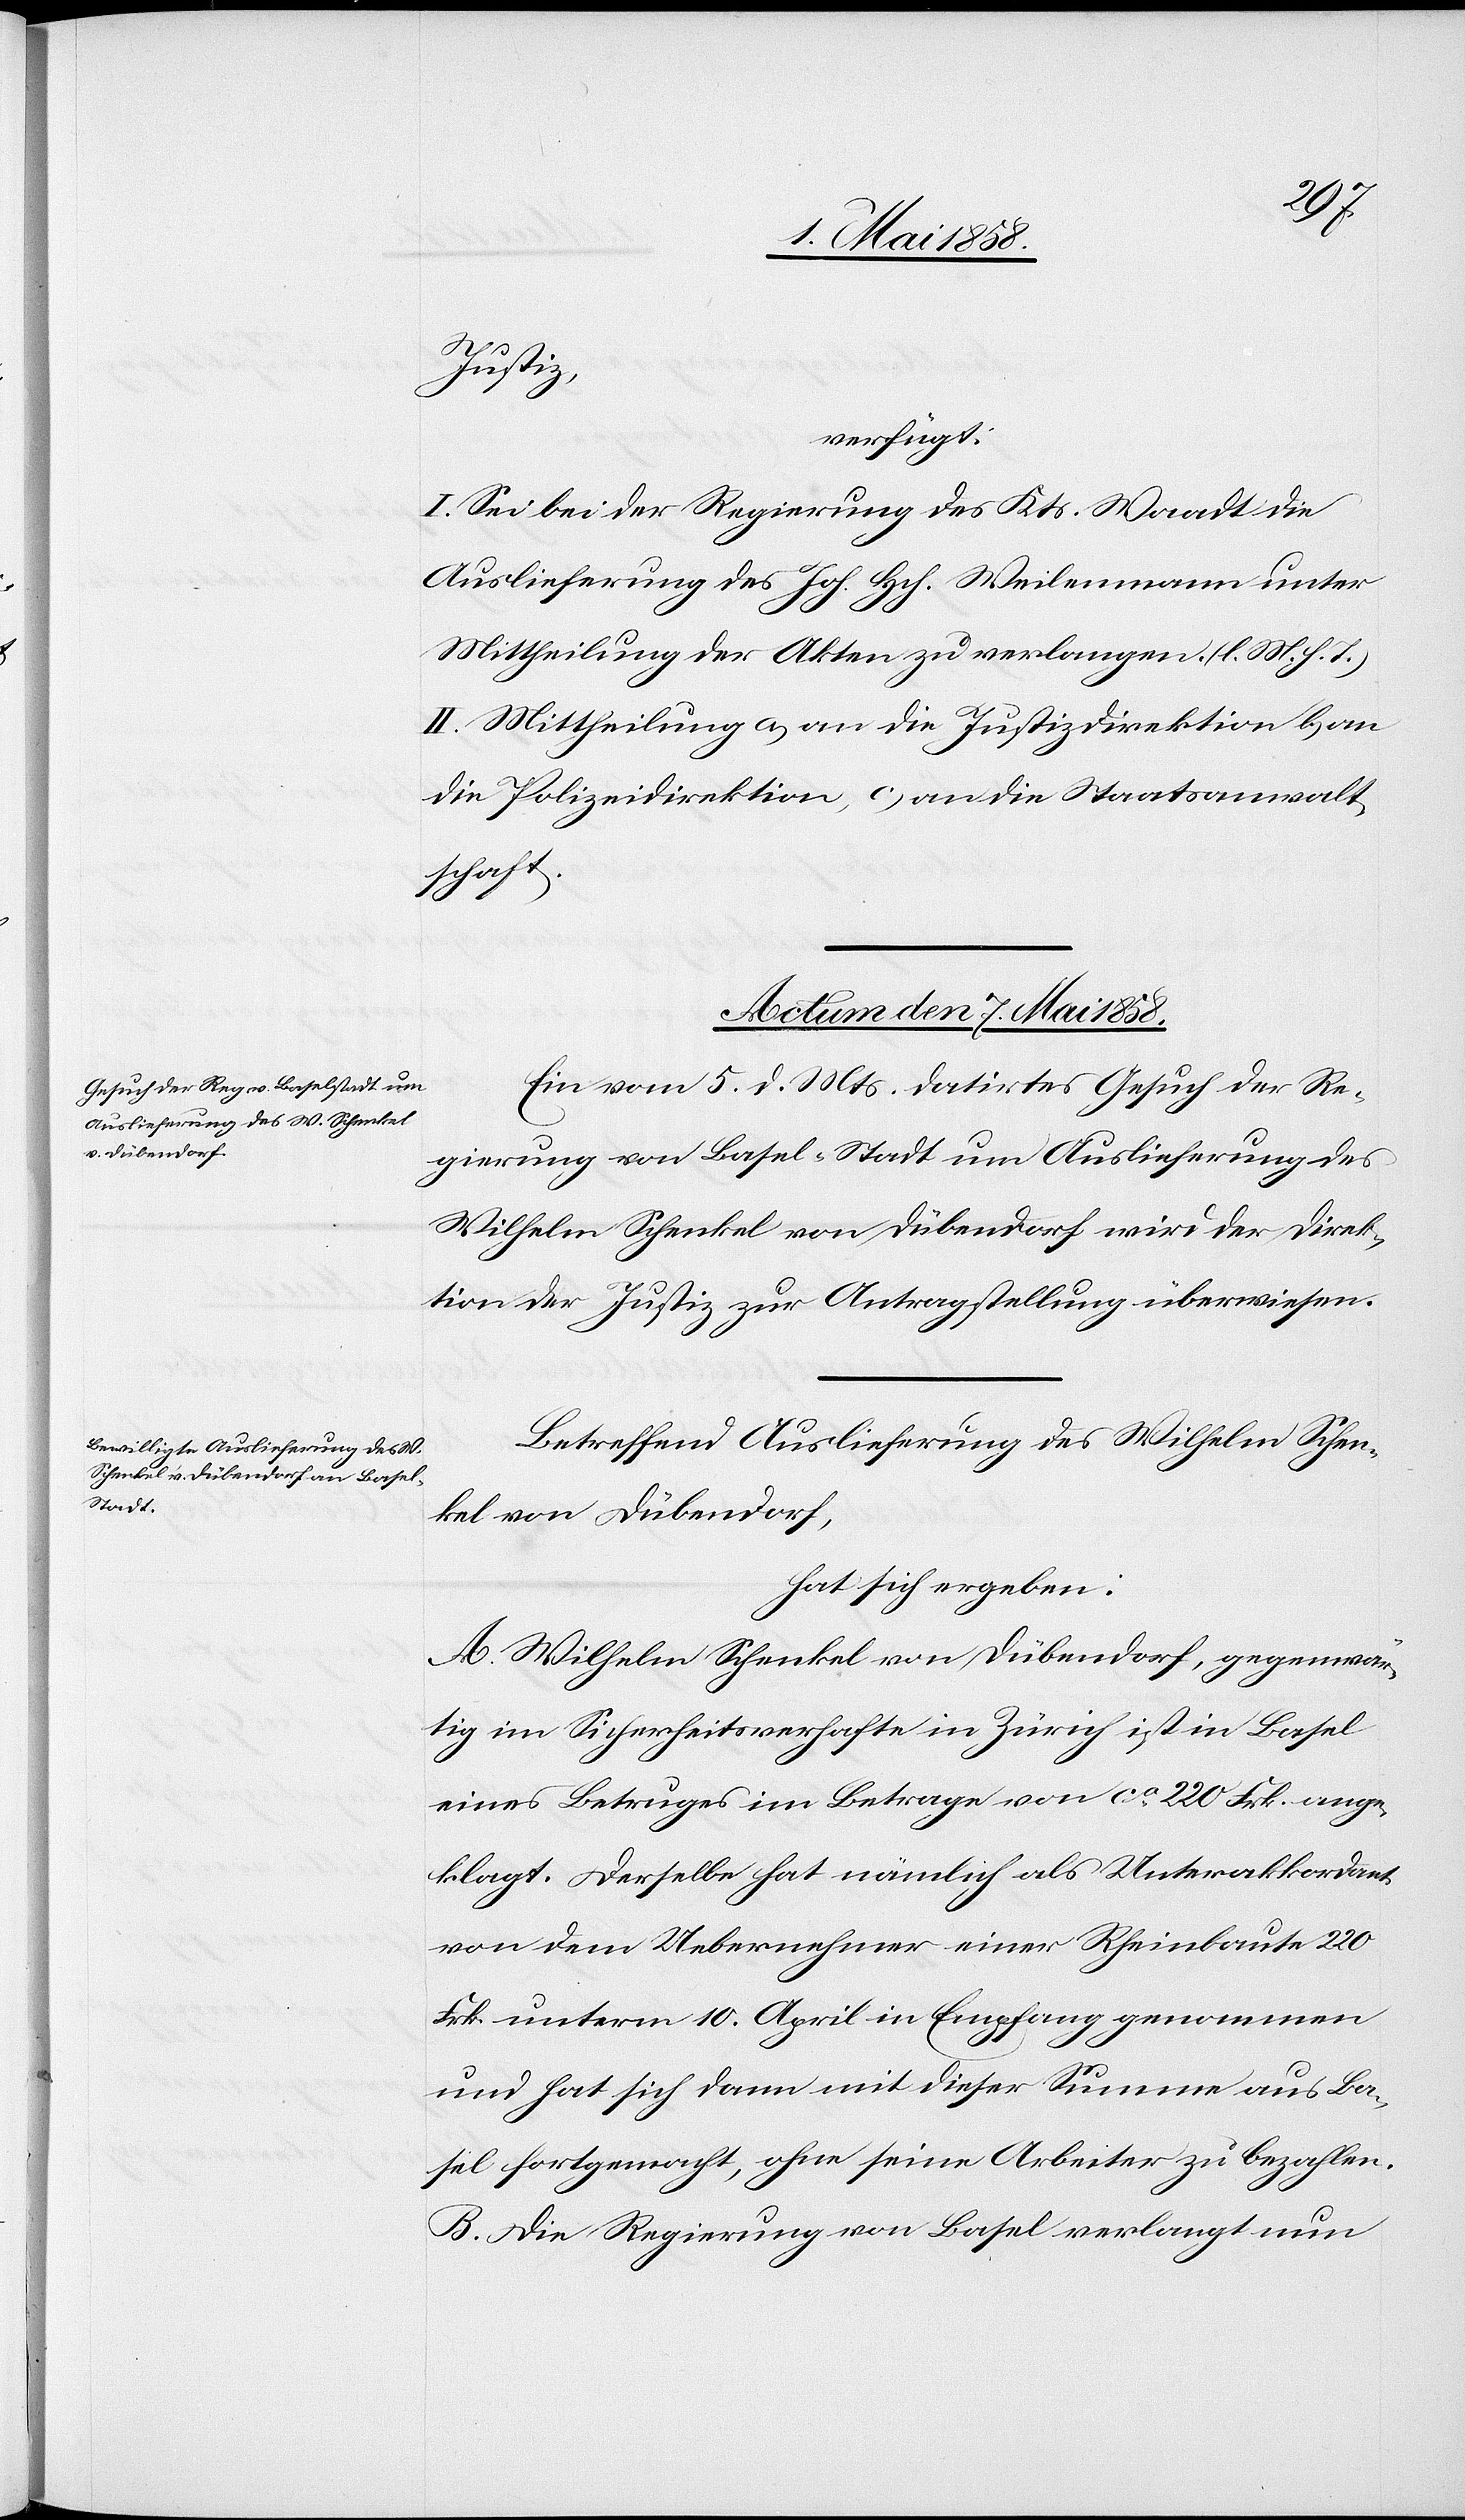
Justiz,
verfügt:
I. Sei bei der Regierung des Kts. Waadt die
Auslieferung des Joh. Hch. Weilenmann unter
Mittheilung der Akten zu verlangen. (l. M. h. T.)
II. Mittheilung a) an die Justizdirektion b) an
die Polizeidirektion, c) an die Staatsanwalt¬
schaft.
Actum den 7. Mai 1858.
Ein vom 5. d. Mts. datirtes Gesuch der Re¬
gierung von Basel-Stadt um Auslieferung des
Wilhelm Schenkel von Dübendorf wird der Direk¬
tion der Justiz zur Antragstellung überwiesen.
Betreffend Auslieferung des Wilhelm Schen¬
kel von Dübendorf,
hat sich ergeben.
A. Wilhelm Schenkel von Dübendorf, gegenwär¬
tig im Sicherheitsverhafte in Zürich ist in Basel
eines Betruges im Betrage von ca 220 Frk. ange¬
klagt, Derselbe hat nämlich als Unterakkordant
von dem Uebernehmer einer Rheinbaute 220
Frk. unterm 10. April in Empfang genommen
und hat sich dann mit dieser Summe aus Ba¬
sel fortgemacht, ohne seine Arbeiter zu bezahlen.
B. Die Regierung von Basel verlangt nun